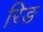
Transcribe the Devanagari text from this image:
रिङ